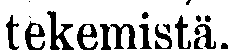
tekemistä.